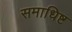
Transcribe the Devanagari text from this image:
समाधिष्ट